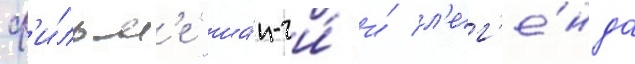
ф'и́льм'е "ша́н-чи́ и́ л'ег'е́нда